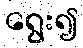
ရွေး၍